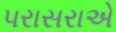
પરાસરાએ